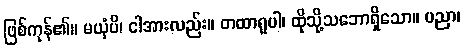
ဖြစ်ကုန်၏။ မယှံပိ၊ ငါအားလည်း။ တထာရူပါ၊ ထိုသို့သဘောရှိသော။ ပညာ၊